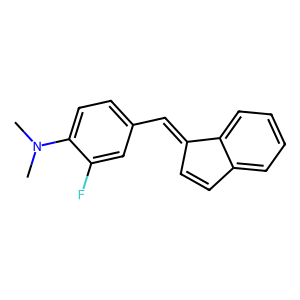
SMILES: CN(C)c1ccc(C=C2C=Cc3ccccc32)cc1F
Inhibits HIV replication: No